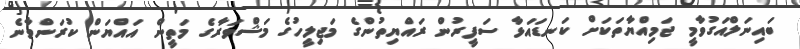
ބައިނަލްއަގުވާމީ ޖަމިއްޔާތަކަށް ކަނޑައަޅާ ސަފީރުން ރައްޔިތުންގެ މަޖިލީހުގެ މަޝްވަރާގެ މަތީން އައްޔަން ކުރަންވާނެ